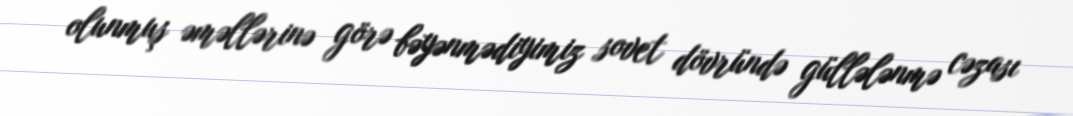
olunmuş əməllərinə görə bəyənmədiyimiz sovet dövründə güllələnmə cəzası